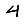
Digit: 4